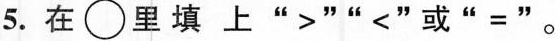
5.在\bigcirc里填上“＞” “＜”“或”“=”。